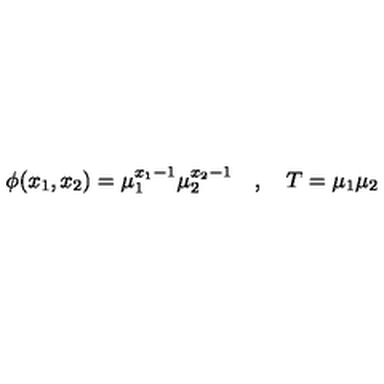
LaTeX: \phi ( x _ { 1 } , x _ { 2 } ) = \mu _ { 1 } ^ { x _ { 1 } - 1 } \mu _ { 2 } ^ { x _ { 2 } - 1 } \quad , \quad T = \mu _ { 1 } \mu _ { 2 }